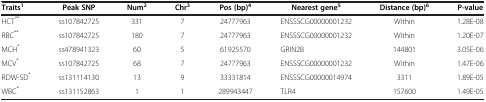
<table><thead><tr><td><b>Traits<sup>1</sup></b></td><td><b>Peak SNP</b></td><td><b>Num<sup>2</sup></b></td><td><b>Chr<sup>3</sup></b></td><td><b>Pos (bp)<sup>4</sup></b></td><td><b>Nearest gene<sup>5</sup></b></td><td><b>Distance (bp)<sup>6</sup></b></td><td><b>P-value</b></td></tr></thead><tbody><tr><td>HCT<sup>**</sup></td><td>ss107842725</td><td>331</td><td>7</td><td>24777963</td><td>ENSSSCG00000001232</td><td>Within</td><td>1.28E-08</td></tr><tr><td>RBC<sup>**</sup></td><td>ss107842725</td><td>180</td><td>7</td><td>24777963</td><td>ENSSSCG00000001232</td><td>Within</td><td>1.20E-07</td></tr><tr><td>MCH<sup>*</sup></td><td>ss478941323</td><td>60</td><td>5</td><td>61925570</td><td>GRIN2B</td><td>144801</td><td>3.05E-06</td></tr><tr><td>MCV<sup>*</sup></td><td>ss107842725</td><td>68</td><td>7</td><td>24777963</td><td>ENSSSCG00000001232</td><td>Within</td><td>1.47E-06</td></tr><tr><td>RDW-SD<sup>*</sup></td><td>ss131114130</td><td>13</td><td>9</td><td>33331814</td><td>ENSSSCG00000014974</td><td>3311</td><td>1.89E-05</td></tr><tr><td>WBC<sup>*</sup></td><td>ss131152863</td><td>1</td><td>1</td><td>289943447</td><td>TLR4</td><td>157600</td><td>1.49E-05</td></tr></tbody></table>